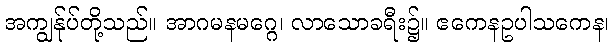
အကျွန်ုပ်တို့သည်။ အာဂမနမဂ္ဂေ၊ လာသောခရီး၌။ ဧကေနဥပါသကေန၊